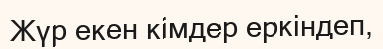
Жүр екен кімдер еркіндеп,